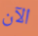
الآن